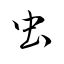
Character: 虫